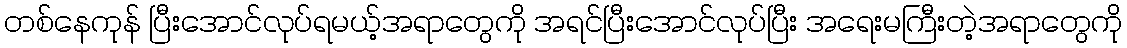
တစ်နေကုန် ပြီးအောင်လုပ်ရမယ့်အရာတွေကို အရင်ပြီးအောင်လုပ်ပြီး အရေးမကြီးတဲ့အရာတွေကို